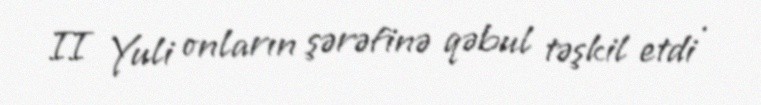
II Yuli onların şərəfinə qəbul təşkil etdi .